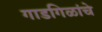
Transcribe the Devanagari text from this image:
गाडगिळांचे